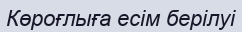
Көроғлыға есім берілуі